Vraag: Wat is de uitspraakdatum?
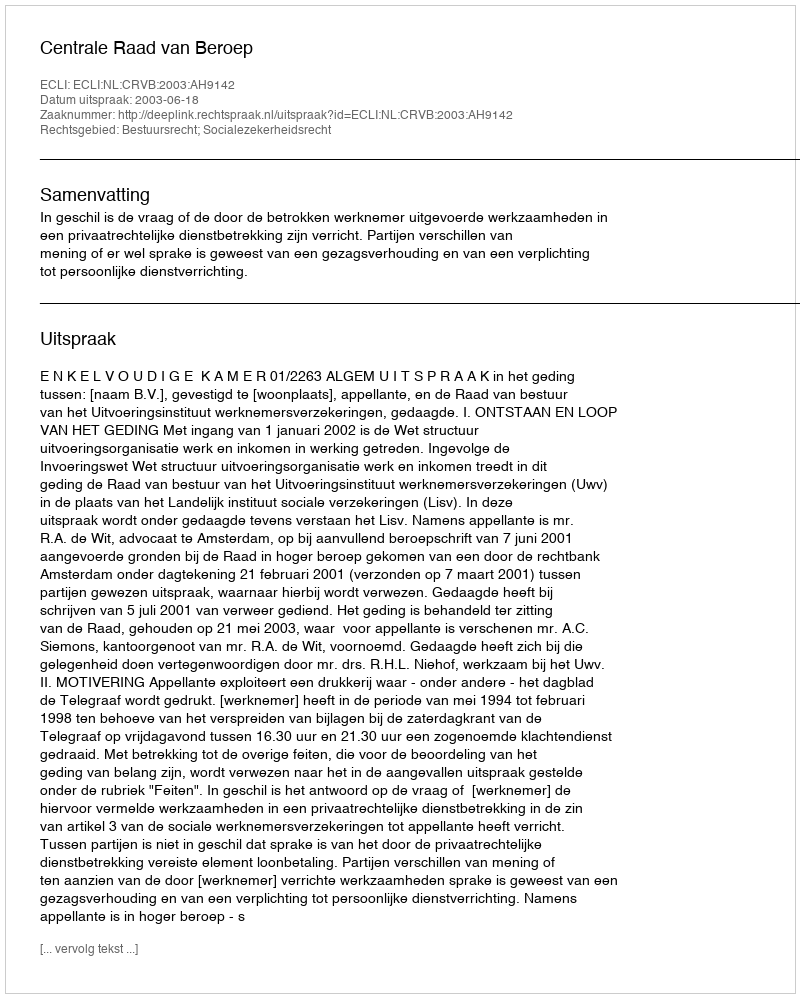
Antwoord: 2003-06-18